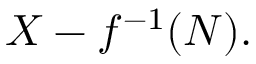
X - f ^ { - 1 } ( N ) .